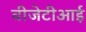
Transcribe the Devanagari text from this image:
वीजेटीआई